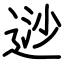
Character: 逤